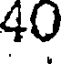
40